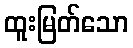
ထူးမြတ်သော